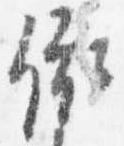
依